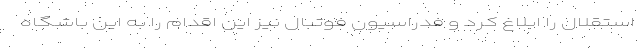
استقلال را ابلاغ کرد و فدراسیون فوتبال نیز این اقدام را به این باشگاه